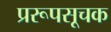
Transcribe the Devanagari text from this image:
प्ररूपसूचक